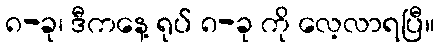
၈-ခု၊ ဒီကနေ့ ရုပ် ၈-ခု ကို လေ့လာရပြီ။